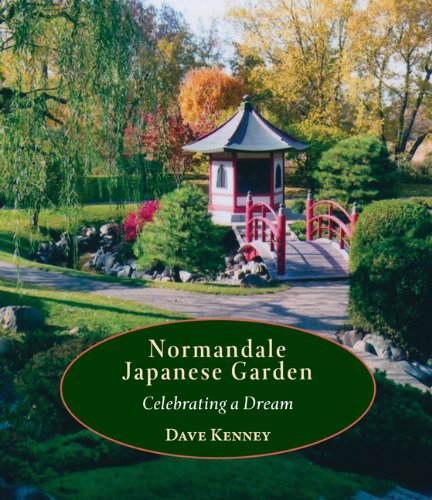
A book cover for Normandale Japanese Garden: Celebrating a Dream; Dave Kenney; Crafts, Hobbies & Home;